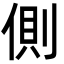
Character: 側